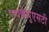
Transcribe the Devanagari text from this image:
एचकेयुएसटी